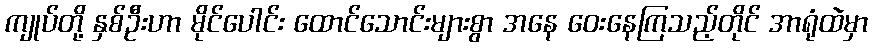
ကျုပ်တို့ နှစ်ဦးဟာ မိုင်ပေါင်း ထောင်သောင်းများစွာ အနေ ဝေးနေကြသည့်တိုင် အာရုံထဲမှာ